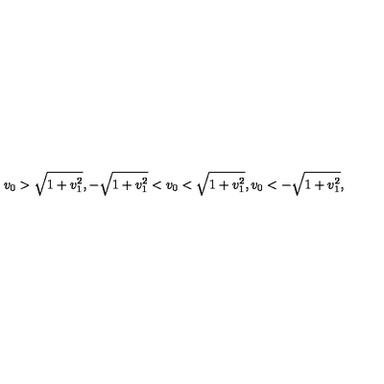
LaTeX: v _ { 0 } > \sqrt { 1 + v _ { 1 } ^ { 2 } } , - \sqrt { 1 + v _ { 1 } ^ { 2 } } < v _ { 0 } < \sqrt { 1 + v _ { 1 } ^ { 2 } } , v _ { 0 } < - \sqrt { 1 + v _ { 1 } ^ { 2 } } ,